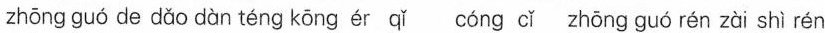
zndng guó de dǔ càn téng kōng ér qǐcdng cǐ zhǚng quà rén zǜi sh rén